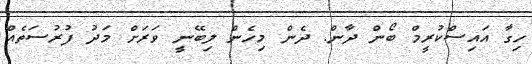
ހިގާ އައިސްކުރީމް ބޯން ދާން. ދެން މިހެން ލިބޭނީ ވަރަށް މަދު ފުރުސަތެއް